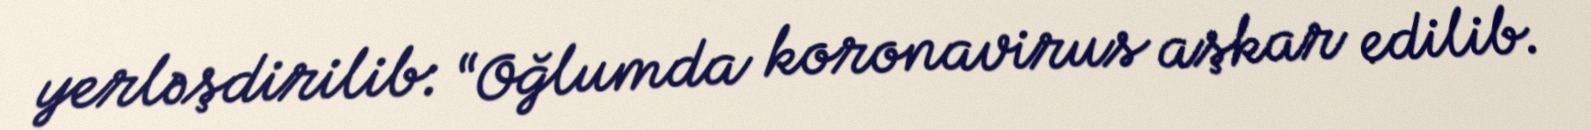
yerləşdirilib: “Oğlumda koronavirus aşkar edilib.